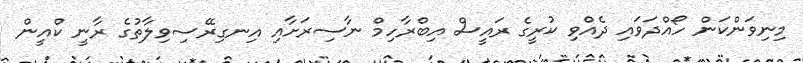
މިނިވަންކަން ހޯއްދަވައި ދެއްވި ކުރީގެ ރައީސް އިބްރާހިމް ނާސިރަަށާއި އިނގިރޭސިވިލާތުގެ ރާނީ ކްއީން